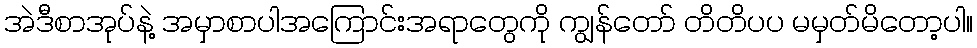
အဲဒီစာအုပ်နဲ့ အမှာစာပါအကြောင်းအရာတွေကို ကျွန်တော် တိတိပပ မမှတ်မိတော့ပါ။